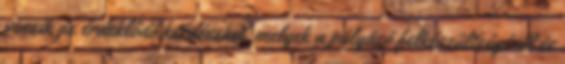
veszik az érdeklődő kérdéseket, melyek a pályázó felkészültségéről és